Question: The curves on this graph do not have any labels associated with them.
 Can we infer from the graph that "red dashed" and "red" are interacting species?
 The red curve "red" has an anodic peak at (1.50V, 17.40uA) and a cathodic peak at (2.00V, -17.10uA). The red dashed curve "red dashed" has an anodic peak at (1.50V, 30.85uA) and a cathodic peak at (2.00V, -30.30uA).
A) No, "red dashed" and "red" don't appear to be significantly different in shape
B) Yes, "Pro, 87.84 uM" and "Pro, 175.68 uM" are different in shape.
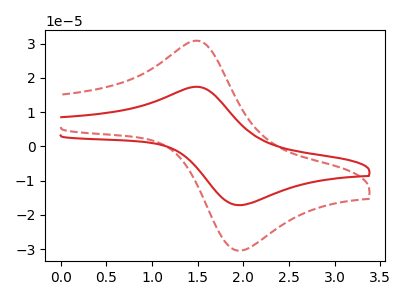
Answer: <think>All the peaks in "red dashed" have a peak in "red" at the same potential. Every peak in "red dashed" is higher than every peak in "red".
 </think>
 <answer>A) No, "red dashed" and "red" don't appear to be significantly different in shape</answer>
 <eval>A</eval>